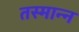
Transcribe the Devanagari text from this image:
तस्मान्न